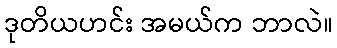
ဒုတိယဟင်း အမယ်က ဘာလဲ။